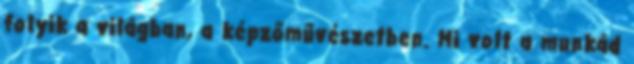
folyik a világban, a képzőművészetben. Mi volt a munkád